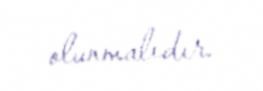
olunmalıdır.